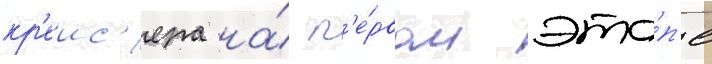
кр'еис'ера на́ п'е́рвом эта́п'е